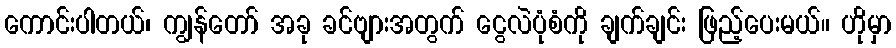
ကောင်းပါတယ်၊ ကျွန်တော် အခု ခင်ဗျားအတွက် ငွေလဲပုံစံကို ချက်ချင်း ဖြည့်ပေးမယ်။ ဟိုမှာ